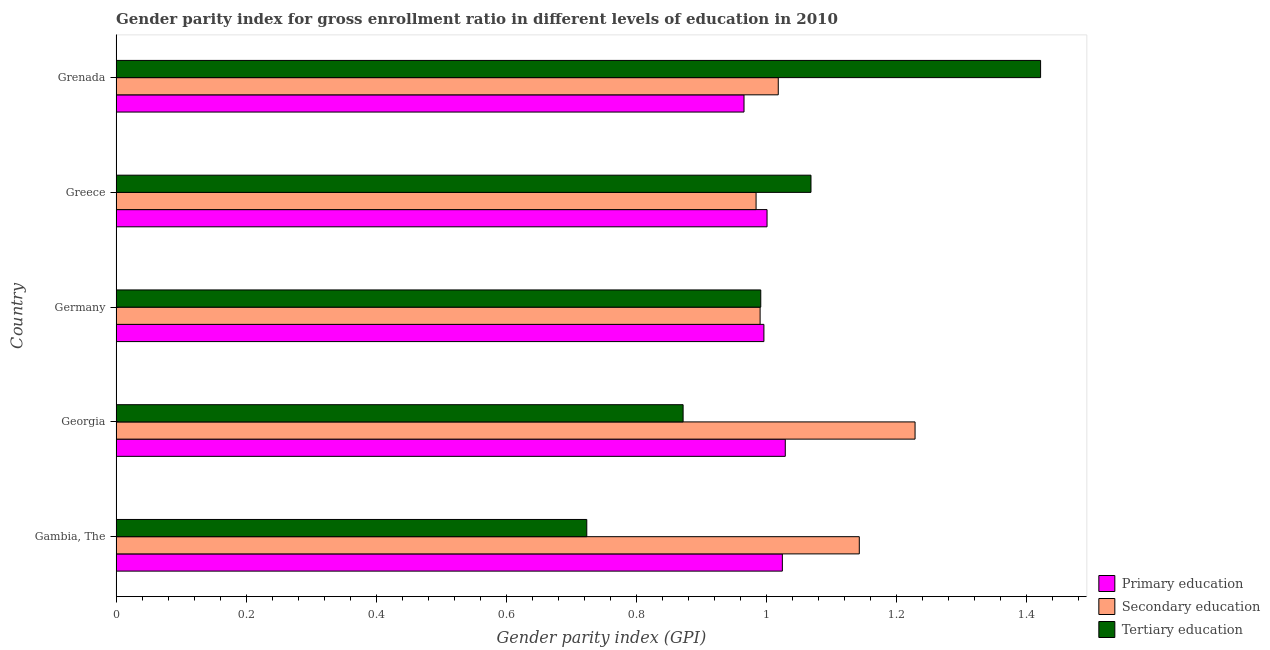
| Country | Primary education | Secondary education | Tertiary education |
 | --- | --- | --- | --- |
 | Gambia, The | 1.02 | 1.14 | 0.724 |
 | Georgia | 1.03 | 1.23 | 0.872 |
 | Germany | 0.996 | 0.99 | 0.992 |
 | Greece | 1 | 0.984 | 1.07 |
 | Grenada | 0.966 | 1.02 | 1.42 |